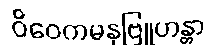
ဝိဝေကမနုဗြူဟန္တာ